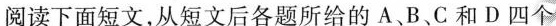
阅读下面短文,从短文后各题所给的 A、B、C.和 D 四个